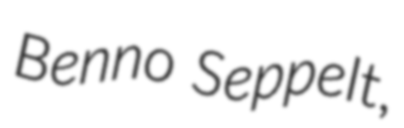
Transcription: Benno Seppelt,